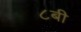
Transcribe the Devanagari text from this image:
८बी